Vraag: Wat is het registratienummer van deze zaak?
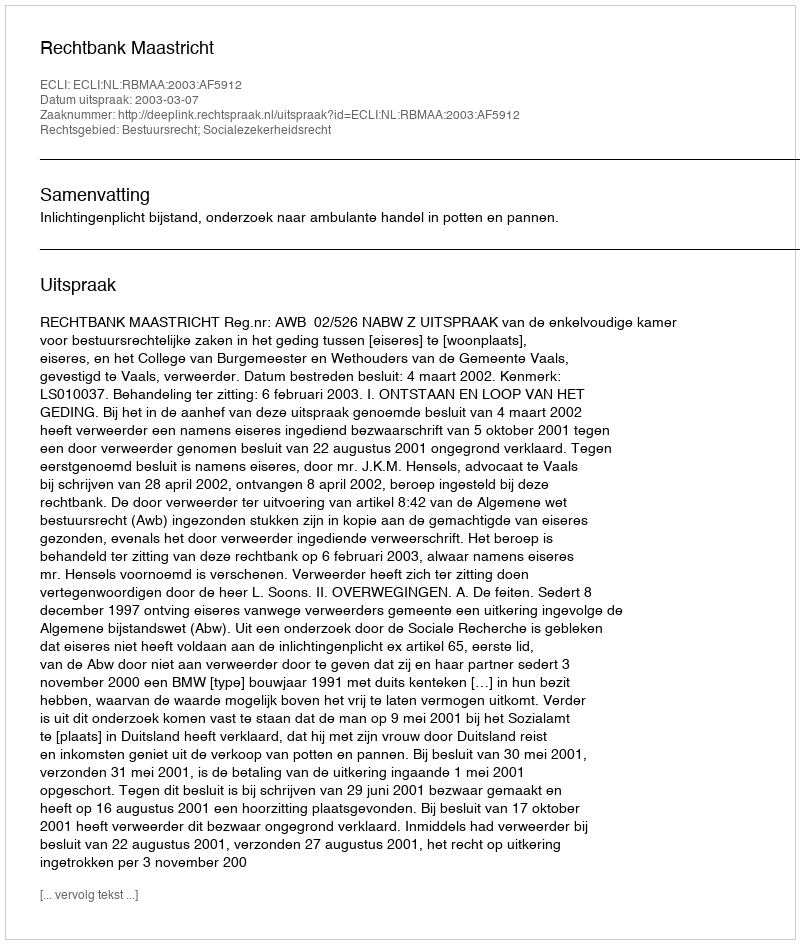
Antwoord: http://deeplink.rechtspraak.nl/uitspraak?id=ECLI:NL:RBMAA:2003:AF5912